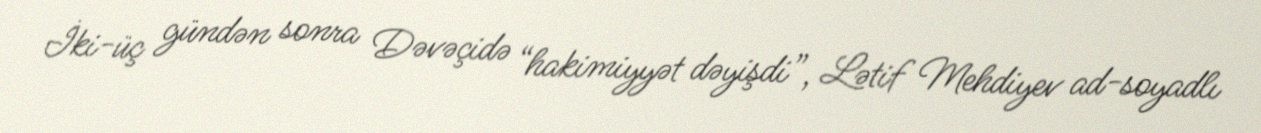
İki-üç gündən sonra Dəvəçidə “hakimiyyət dəyişdi”, Lətif Mehdiyev ad-soyadlı